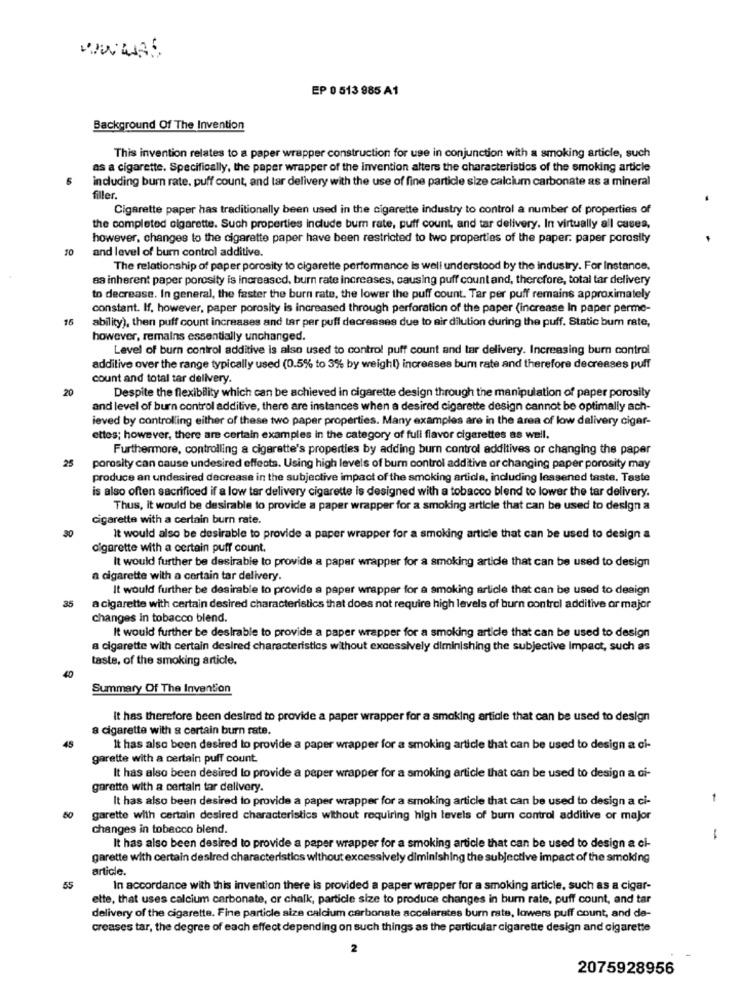
..
EP 0 513 985 A1
Background Of The Invention
This invention relates to a paper wrapper construction for use in conjunction with a smoking article, such
as a cigarette. Specifically, the paper wrapper of the invention alters the characteristics of the smoking article
including burn rate, puff count, and tar delivery with the use of fine particle size calcium carbonate as a mineral
filler.
Cigarette paper has traditionally been used in the cigarette industry to control a number of properties of
the completed olgarette. Such properties include bur rate, puff count, and tar delivery. In virtually all cuses,
however, changes to the cigarette paper have been restricted to two properties of the paper. paper porosity
10
and level of burn control additive.
The relationship of paper porosity to cigarette performance is well understood by the industry. For Instance,
aa inherent paper porosity is increased, burn rate increases, causing puff countand, therefore, total tar delivery
to decrease. In general, the faster the burn rate, the lower the puff count. Tar per puff remains approximately
constant. If, however, paper porosity is increased through perforation of the paper (increase In paper perme-
16
ability), then puff count increases and tar per puff decreases due to air dilution during the puff. Static bur rate,
however, remains essentially unchanged.
Level of burn control additive is also used to control puff count and tar delivery. Increasing burn control
additive over the range typically used (0.5% to 3% by weight) increases bum rate and therefore decreases puff
count and total tar delivery.
20
Despite the flexibility which can be achieved in cigarette design through the manipulation of paper porosity
and level of burn control additive, there are instances when a desired cigarette design cannot be optimally ach-
ieved by controlling either of these two paper properties. Many examples are in the area of low delivery cigar-
ettes; however, there are certain examples in the category of full flavor cigarettes as well.
Furthermore, controlling a cigarette's properties by adding burn control additives or changing the paper
25
porosity can cause undesired effects. Using high levels of burn control additive or changing paper porosity may
produce an undesired decrease in the subjective impact of the smoking article, including lessened taste. Taste
is also often sacrificed if a low tar delivery cigarette is designed with a tobacco blend to lower the tar delivery.
Thus, it would be desirable to provide a paper wrapper for a smoking article that can be used to design a
cigarette with a certain burn rate.
30
It would also be desirable to provide a paper wrapper for a smoking article that can be used to design a
cigarette with a certain puff count.
It would further be desirable to provide a paper wrapper for a smoking article that can be used to design
a cigarette with a certain tar delivery.
It would further be desirable to provide a paper wrapper for a smoking article that can be used to design
35
a cigarette with certain desired characteristics that does not require high levels of burn control additive or major
changes in tobacco blend.
It would further be desirable to provide a paper wrapper for a smoking article that can be used to design
a cigarette with certain desired characteristics without excessively diminishing the subjective Impact, such as
taste, of the smoking article.
40
Summary Of The Invention
It has therefore been desired to provide a paper wrapper for a smoking article that can be used to design
a cigarette with a certain burn rate.
45
It has also been desired to provide a paper wrapper for a smoking article that can be used to design a ci-
garette with a certain puff count
It has also been desired to provide a paper wrapper for a smoking article that can be used to design a ci-
garette with a certain tar delivery.
It has also been desired to provide a paper wrapper for a smoking article that can be used to design a ci-
garette with certain desired characteristics without requiring high levels of burn control additive or major
changes in tobacco blend.
-
It has also been desired to provide a paper wrapper for a smoking article that can be used to design a ci-
garette with certain desired characteristics without excessively diminishing the subjective impact of the smoking
article.
55
In accordance with this invention there is provided a paper wrapper for a smoking article, such as a cigar-
ette, that uses calcium carbonate, or chalk, particle size to produce changes in bur rate, puff count, and tar
delivery of the cigarette. Fine particle size calcium carbonate accelerates burn rate, lowers puff count, and de-
creases tar, the degree of each effect depending on such things as the particular cigarette design and cigarette
2
2075928956